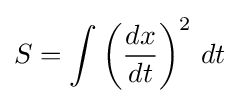
S=\int \left({\frac {dx}{dt}}\right)^{2}\,dt